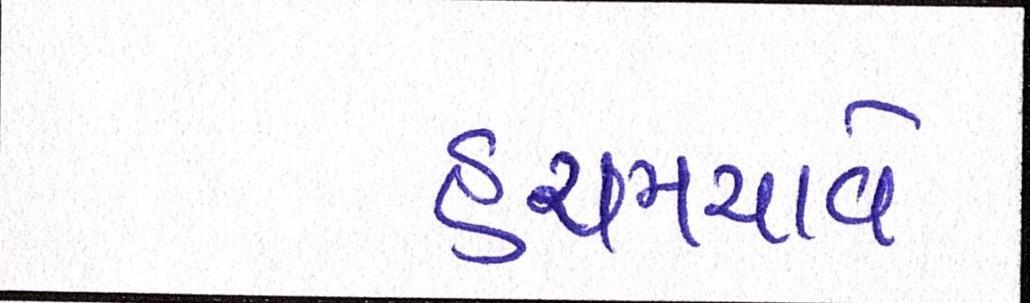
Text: હચમચાવે